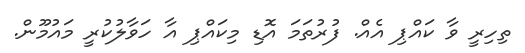
ތިހިރީ ވާ ކައްޕި އެއް. ފުރުތަމަ އޮޑި މިކައްޕި އާ ހަވާލުކުރީ މައުމޫން.